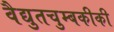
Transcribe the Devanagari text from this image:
वैद्युतचुम्बकीकी